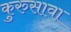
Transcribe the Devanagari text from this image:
कुरुसावा